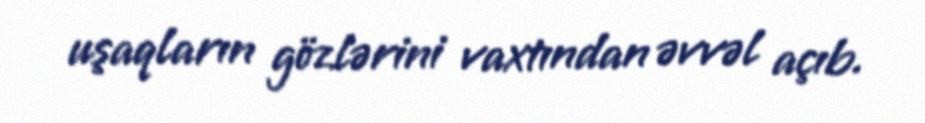
uşaqların gözlərini vaxtından əvvəl açıb.